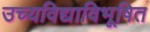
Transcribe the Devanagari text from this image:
उच्यविद्याविभूषित